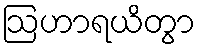
ဩဟာရယိတွာ